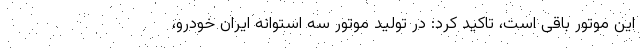
این موتور باقی است، تاکید کرد: در تولید موتور سه استوانه ایران خودرو،